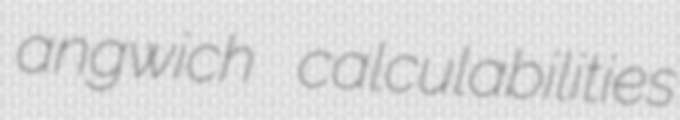
angwich calculabilities